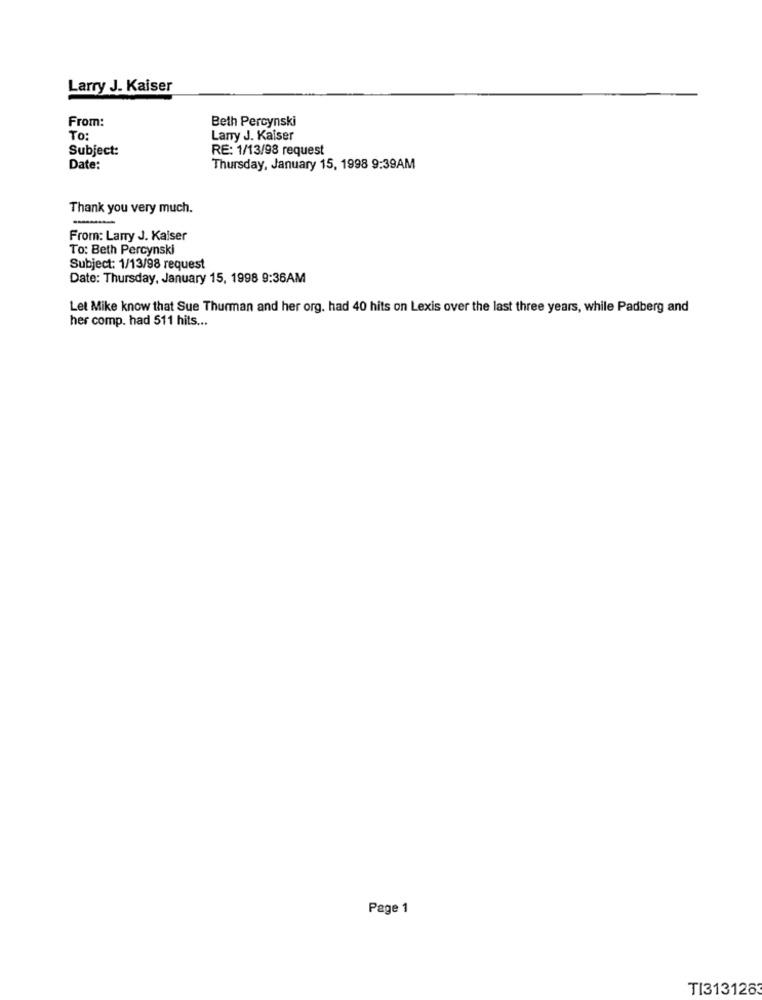
Larry J. Kaiser
From:
Beth Percynski
TO:
Lany J. Kaiser
Subject:
RE: 1/13/98 request
Date:
Thursday, January 15, 1998 9:39AM
Thank you very much.
-
From: Larry J. Kaiser
To: Beth Percynski
Subject: 1/13/98 request
Date: Thursday, January 15, 1998 9:36AM
Let Mike know that Sue Thurman and her org. had 40 hits on Lexis over the last three years, while Padberg and
her comp. had 511 hits ...
Page 1
TI3131283